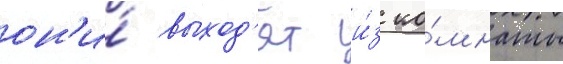
он'и́ выход'ят и́з ко́мнаты